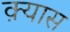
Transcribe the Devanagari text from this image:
क़्यास